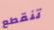
تنقطع